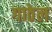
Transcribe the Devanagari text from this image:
गाठेल